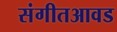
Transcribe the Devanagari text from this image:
संगीतआवड